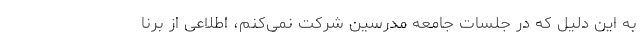
به این دلیل که در جلسات جامعه مدرسین شرکت نمی‌کنم، اطلاعی از برنا